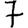
Digit: 7